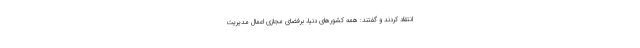
انتقاد کردند و گفتند: همه کشورهای دنیا، برفضای مجازی اِعمال مدیریت